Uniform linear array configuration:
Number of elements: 4
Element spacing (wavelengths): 1
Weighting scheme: binomial
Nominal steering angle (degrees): -15
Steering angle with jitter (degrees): -16.819
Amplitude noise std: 0.05
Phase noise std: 0.05

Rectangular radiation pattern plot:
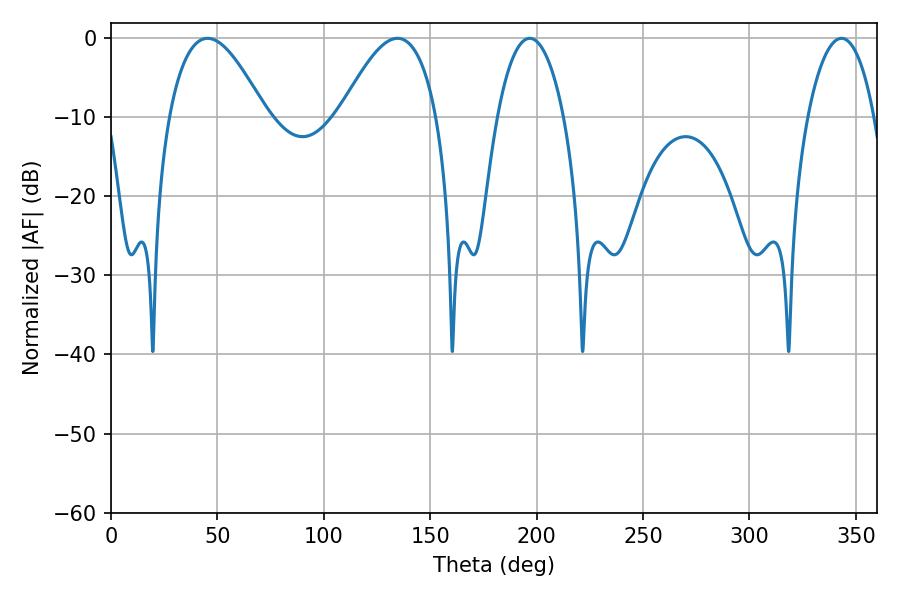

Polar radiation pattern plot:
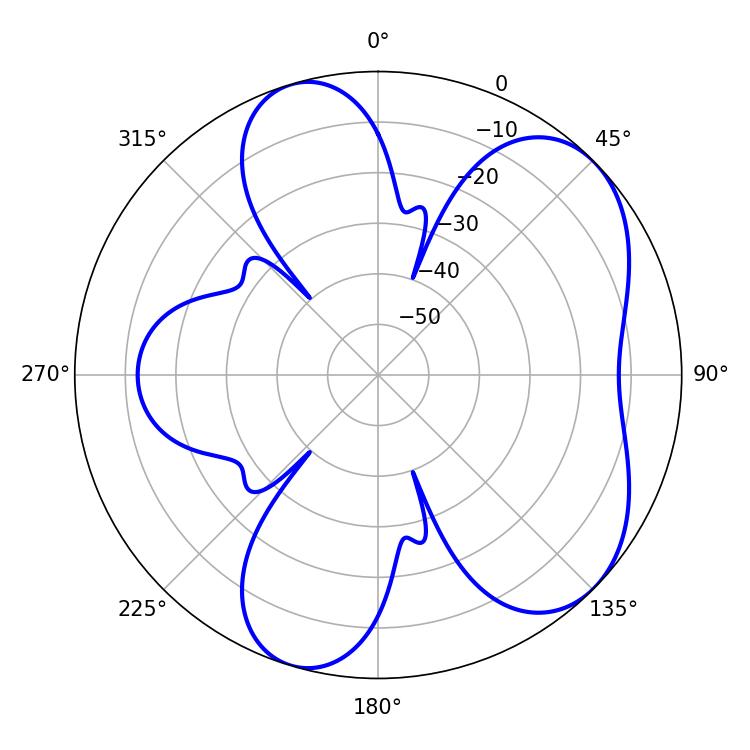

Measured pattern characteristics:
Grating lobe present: TRUE
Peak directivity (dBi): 6.035
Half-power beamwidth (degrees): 17.46
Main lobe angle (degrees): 196.74